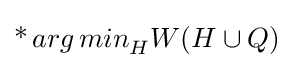
\operatorname {*} {arg\,min}_{H}W(H\cup Q)